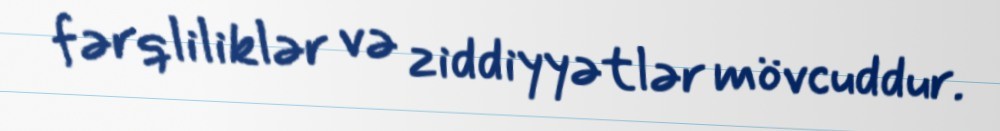
fərqliliklər və ziddiyyətlər mövcuddur.